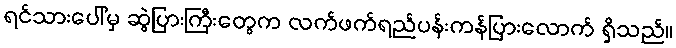
ရင်သားပေါ်မှ ဆွဲပြားကြီးတွေက လက်ဖက်ရည်ပန်းကန်ပြားလောက် ရှိသည်။